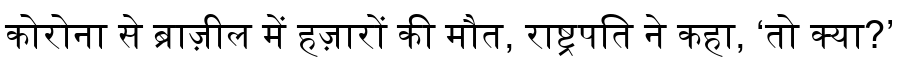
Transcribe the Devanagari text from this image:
कोरोना से ब्राज़ील में हज़ारों की मौत, राष्ट्रपति ने कहा, ‘तो क्या?’